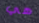
هي